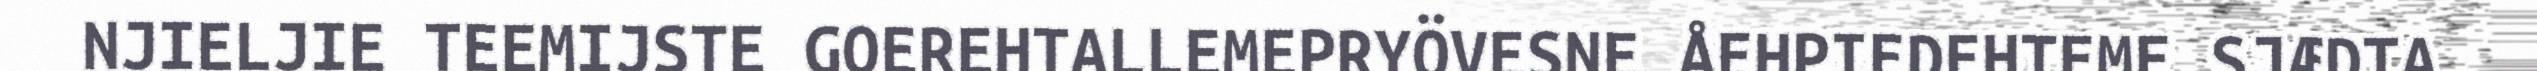
NJIELJIE TEEMIJSTE GOEREHTALLEMEPRYÖVESNE ÅEHPIEDEHTEME SJÆDTA